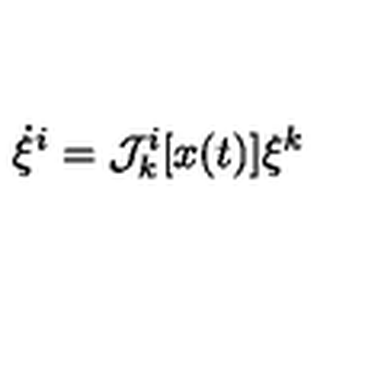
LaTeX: \dot { \xi } ^ { i } = { \cal J } _ { k } ^ { i } [ x ( t ) ] \xi ^ { k }